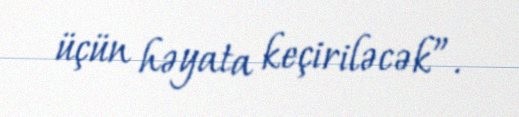
üçün həyata keçiriləcək”.